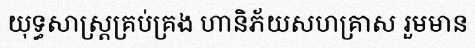
យុទ្ធសាស្ត្រគ្រប់គ្រង ហានិភ័យសហគ្រាស រួមមាន